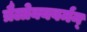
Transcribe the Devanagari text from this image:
त्रैलोक्यवर्मन्‌